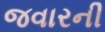
જવારની